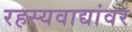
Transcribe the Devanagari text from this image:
रहस्यवाद्यांवर